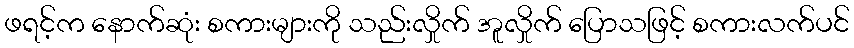
ဖရင့်က နောက်ဆုံး စကားများကို သည်းလှိုက် အူလှိုက် ပြောသဖြင့် စကားလက်ပင်